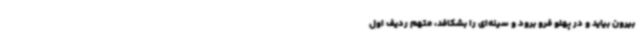
بیرون بیاید و در پهلو فرو برود و سینه‌ای را بشکافد، متهم ردیف اول